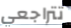
تتراجعي